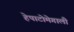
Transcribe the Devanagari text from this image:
हेपाटोमेगाली